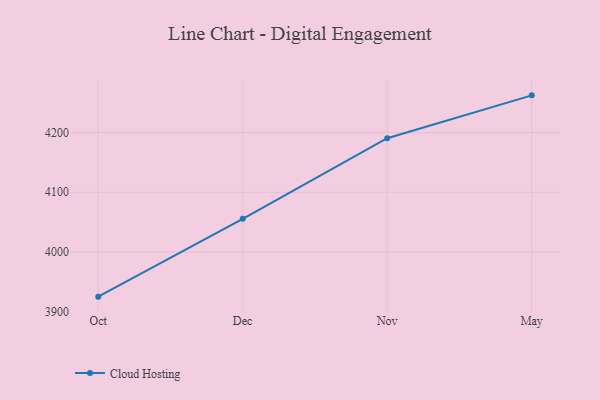
{"axis": {"x": "Month", "y": "Active Users"}, "legend": ["Cloud Hosting"], "data": [{"x": "Oct", "y": 3925.2, "type": "Cloud Hosting"}, {"x": "Dec", "y": 4055.5, "type": "Cloud Hosting"}, {"x": "Nov", "y": 4190.5, "type": "Cloud Hosting"}, {"x": "May", "y": 4262.3, "type": "Cloud Hosting"}]}